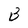
Character: B